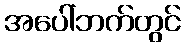
အပေါ်ဘက်တွင်